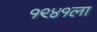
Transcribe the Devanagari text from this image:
१९४१ला